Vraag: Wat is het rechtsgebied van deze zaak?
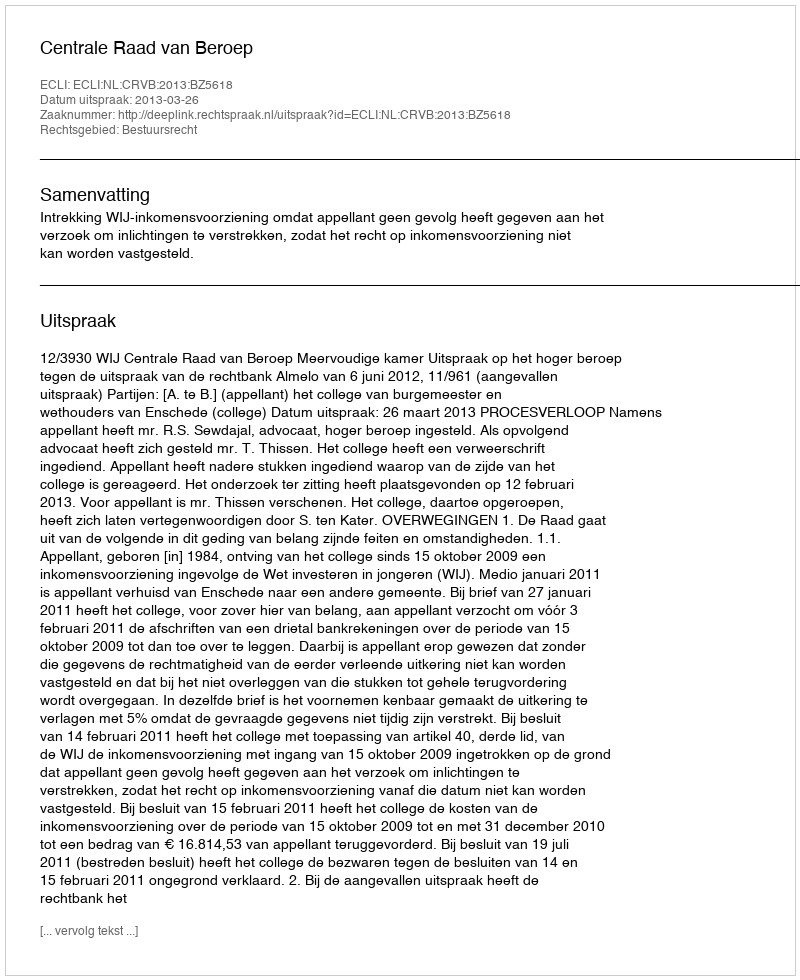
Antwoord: Bestuursrecht